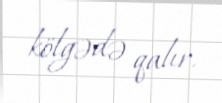
kölgədə qalır.